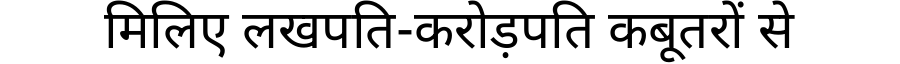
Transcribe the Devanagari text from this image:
मिलिए लखपति-करोड़पति कबूतरों से